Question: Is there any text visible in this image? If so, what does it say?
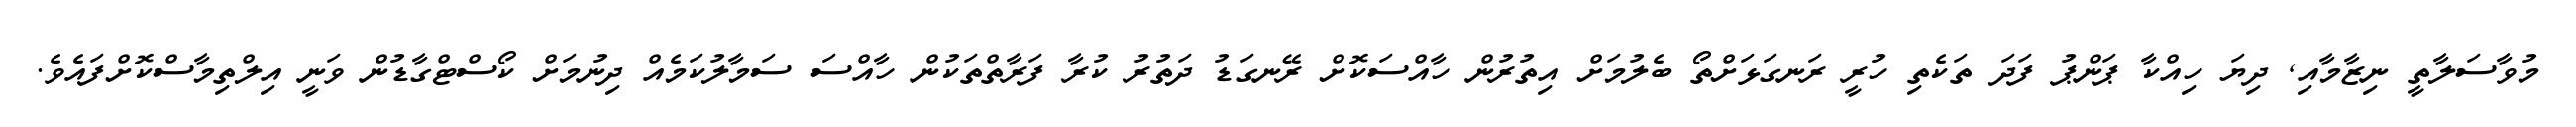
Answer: މުވާސަލާތީ ނިޒާމާއި, ދިޔަ ހިއްކާ ޕަންޕު ފަދަ ތަކެތި ހުރީ ރަނގަޅަށްތޯ ބެލުމަށް އިތުރުން ހާއްސަކޮށް ރޭނގަޑު ދަތުރު ކުރާ ފަރާތްތަކުން ހާއްސަ ސަމާލުކަމެއް ދިނުމަށް ކޯސްޓްގާޑުން ވަނީ އިލްތިމާސްކޮށްފައެވެ.